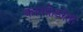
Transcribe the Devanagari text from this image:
कानफ़ेडरेता